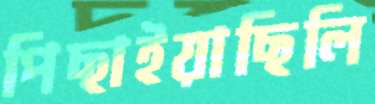
পিছাইয়াছিলি